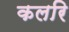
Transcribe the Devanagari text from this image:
कलरि